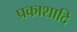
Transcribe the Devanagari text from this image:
प्रकाशादि